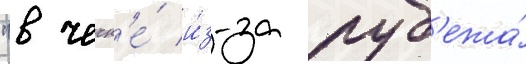
"в чечн'е́ и́з-за руб'ежа́